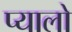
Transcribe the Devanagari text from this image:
प्यालो